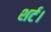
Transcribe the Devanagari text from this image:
शर्ट।